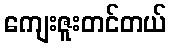
ကျေးဇူးတင်တယ်